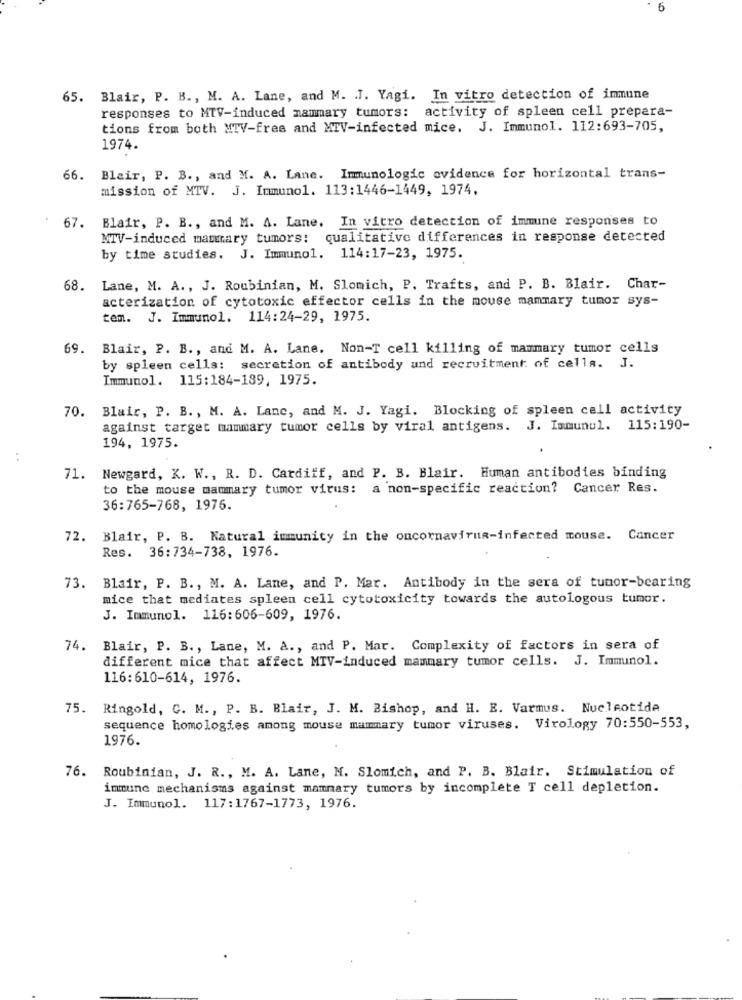
6
65.
Blair, P. B ., M. A. Lane, and M. J. Yagi. In vitro detection of immune
responses to MTV-induced mammary tumors: activity of spleen cell prepara-
tions from both MTV-fres and MIV-infected mice. J. Immunol. 112:693-705,
1974.
66. Blair, P. B ., and M. A. Lane. Immunologic evidence for horizontal trans-
mission of MTV. J. Immunol. 113:1446-1449, 1974.
67. Blair, P. B ., and M. A. Lane. In vitro detection of immune responses to
MTV-induced mammary tumors: qualitative differences in response detected
by time studies. J. Immunol. 114:17-23, 1975.
68. Lane, M. A ., J. Roubinian, M. Slomich, P. Trafts, and P. B. Blair. Char-
acterization of cytotoxic effector cells in the mouse mammary tumor sys-
tem.
J. Immunol. 114:24-29, 1975.
69. Blair, P. B ., and M. A. Lane. Non-T cell killing of mammary tumor cells
by spleen cells: secretion of antibody und recruitment of cella. J.
Immunol. 115:184-189, 1975.
Blair, P. B ., M. A. Lane, and M. J. Yagi. Blocking of spleen call activity
70.
against target mammary tumor cells by viral antigens. J. Ismunul. 115:190-
194, 1975.
..
71.
Newgard, K. W ., R. D. Cardiff, and P. B. Blair. Human antibodies binding
to the mouse mammary tumor virus: a non-specific reaction? Cancer Res.
36:765-768, 1976.
72. Blair, P. B. Natural immunity in the oncornavirus-infected mouse. Cancer
Res. 36:734-738, 1976.
73. Blair, P. B ., M. A. Lane, and P. Mar. Antibody in the sera of tumor-bearing
mice that mediates spleen cell cytotoxicity towards the autologous tumor.
J. Immunol. 116:606-609, 1976.
74. Blair, P. B ., Lane, M. A ., and P. Mar. Complexity of factors in sera of
different mice that affect MTV-induced mammary tumor cells. J. Immunol.
116:610-614, 1976.
75. Ringold, C. M ., P. B. Blair, J. M. Bishop, and H. E. Varmus. Nucleotide
sequence homologies among mouse mammary tumor viruses. Virology 70:550-553,
1976.
76.
Roubinian, J. R ., M. A. Lane, M. Slomich, and P. B. Blair. Stimulation of
immune mechanisms against mammary tumors by incomplete T cell depletion.
J. Immunol. 117:1767-1773, 1976.